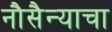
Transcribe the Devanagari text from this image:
नौसैन्याचा